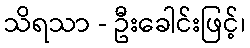
သိရသာ - ဦးခေါင်းဖြင့်၊